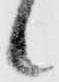
候